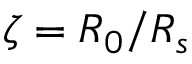
\zeta = R _ { 0 } / R _ { s }